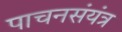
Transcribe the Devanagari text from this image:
पाचनसंयंत्र